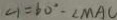
\angle 1 = 6 0 ^ { \circ } - \angle M A C